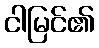
ငါမြင်၏